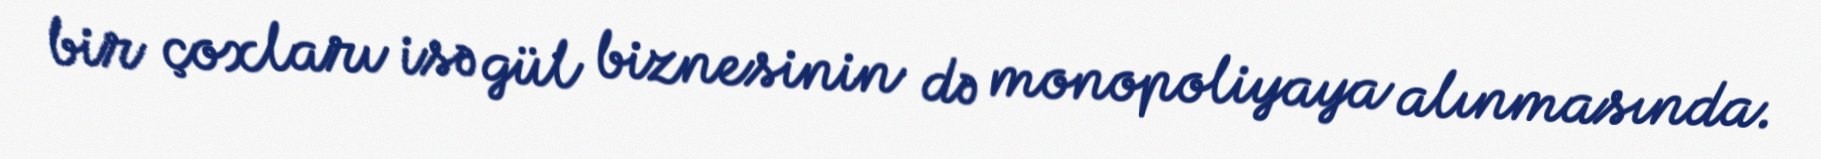
bir çoxları isə gül biznesinin də monopoliyaya alınmasında.